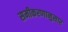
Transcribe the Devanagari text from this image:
समीकरणानुसार